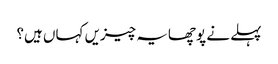
پہلے نے پوچھایہ چیزیں کہاں ہیں؟